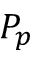
P _ { p }